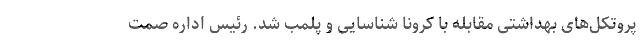
پروتکل‌های بهداشتی مقابله با کرونا شناسایی و پلمب شد. رئیس اداره صمت